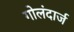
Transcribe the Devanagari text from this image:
गोलंदार्ज